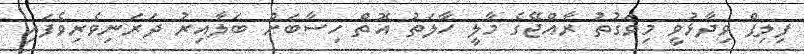
ފިލިޕް ވިދާޅުވީ މިވަގުތު ރާއްޖޭގެ މާލީ ހާލަތު އޮތް ހިސާބަށް ބަލާއިރު ދަރަނިވެރިވެފައި